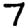
Digit: 7